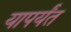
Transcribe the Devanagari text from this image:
यापर्यंत